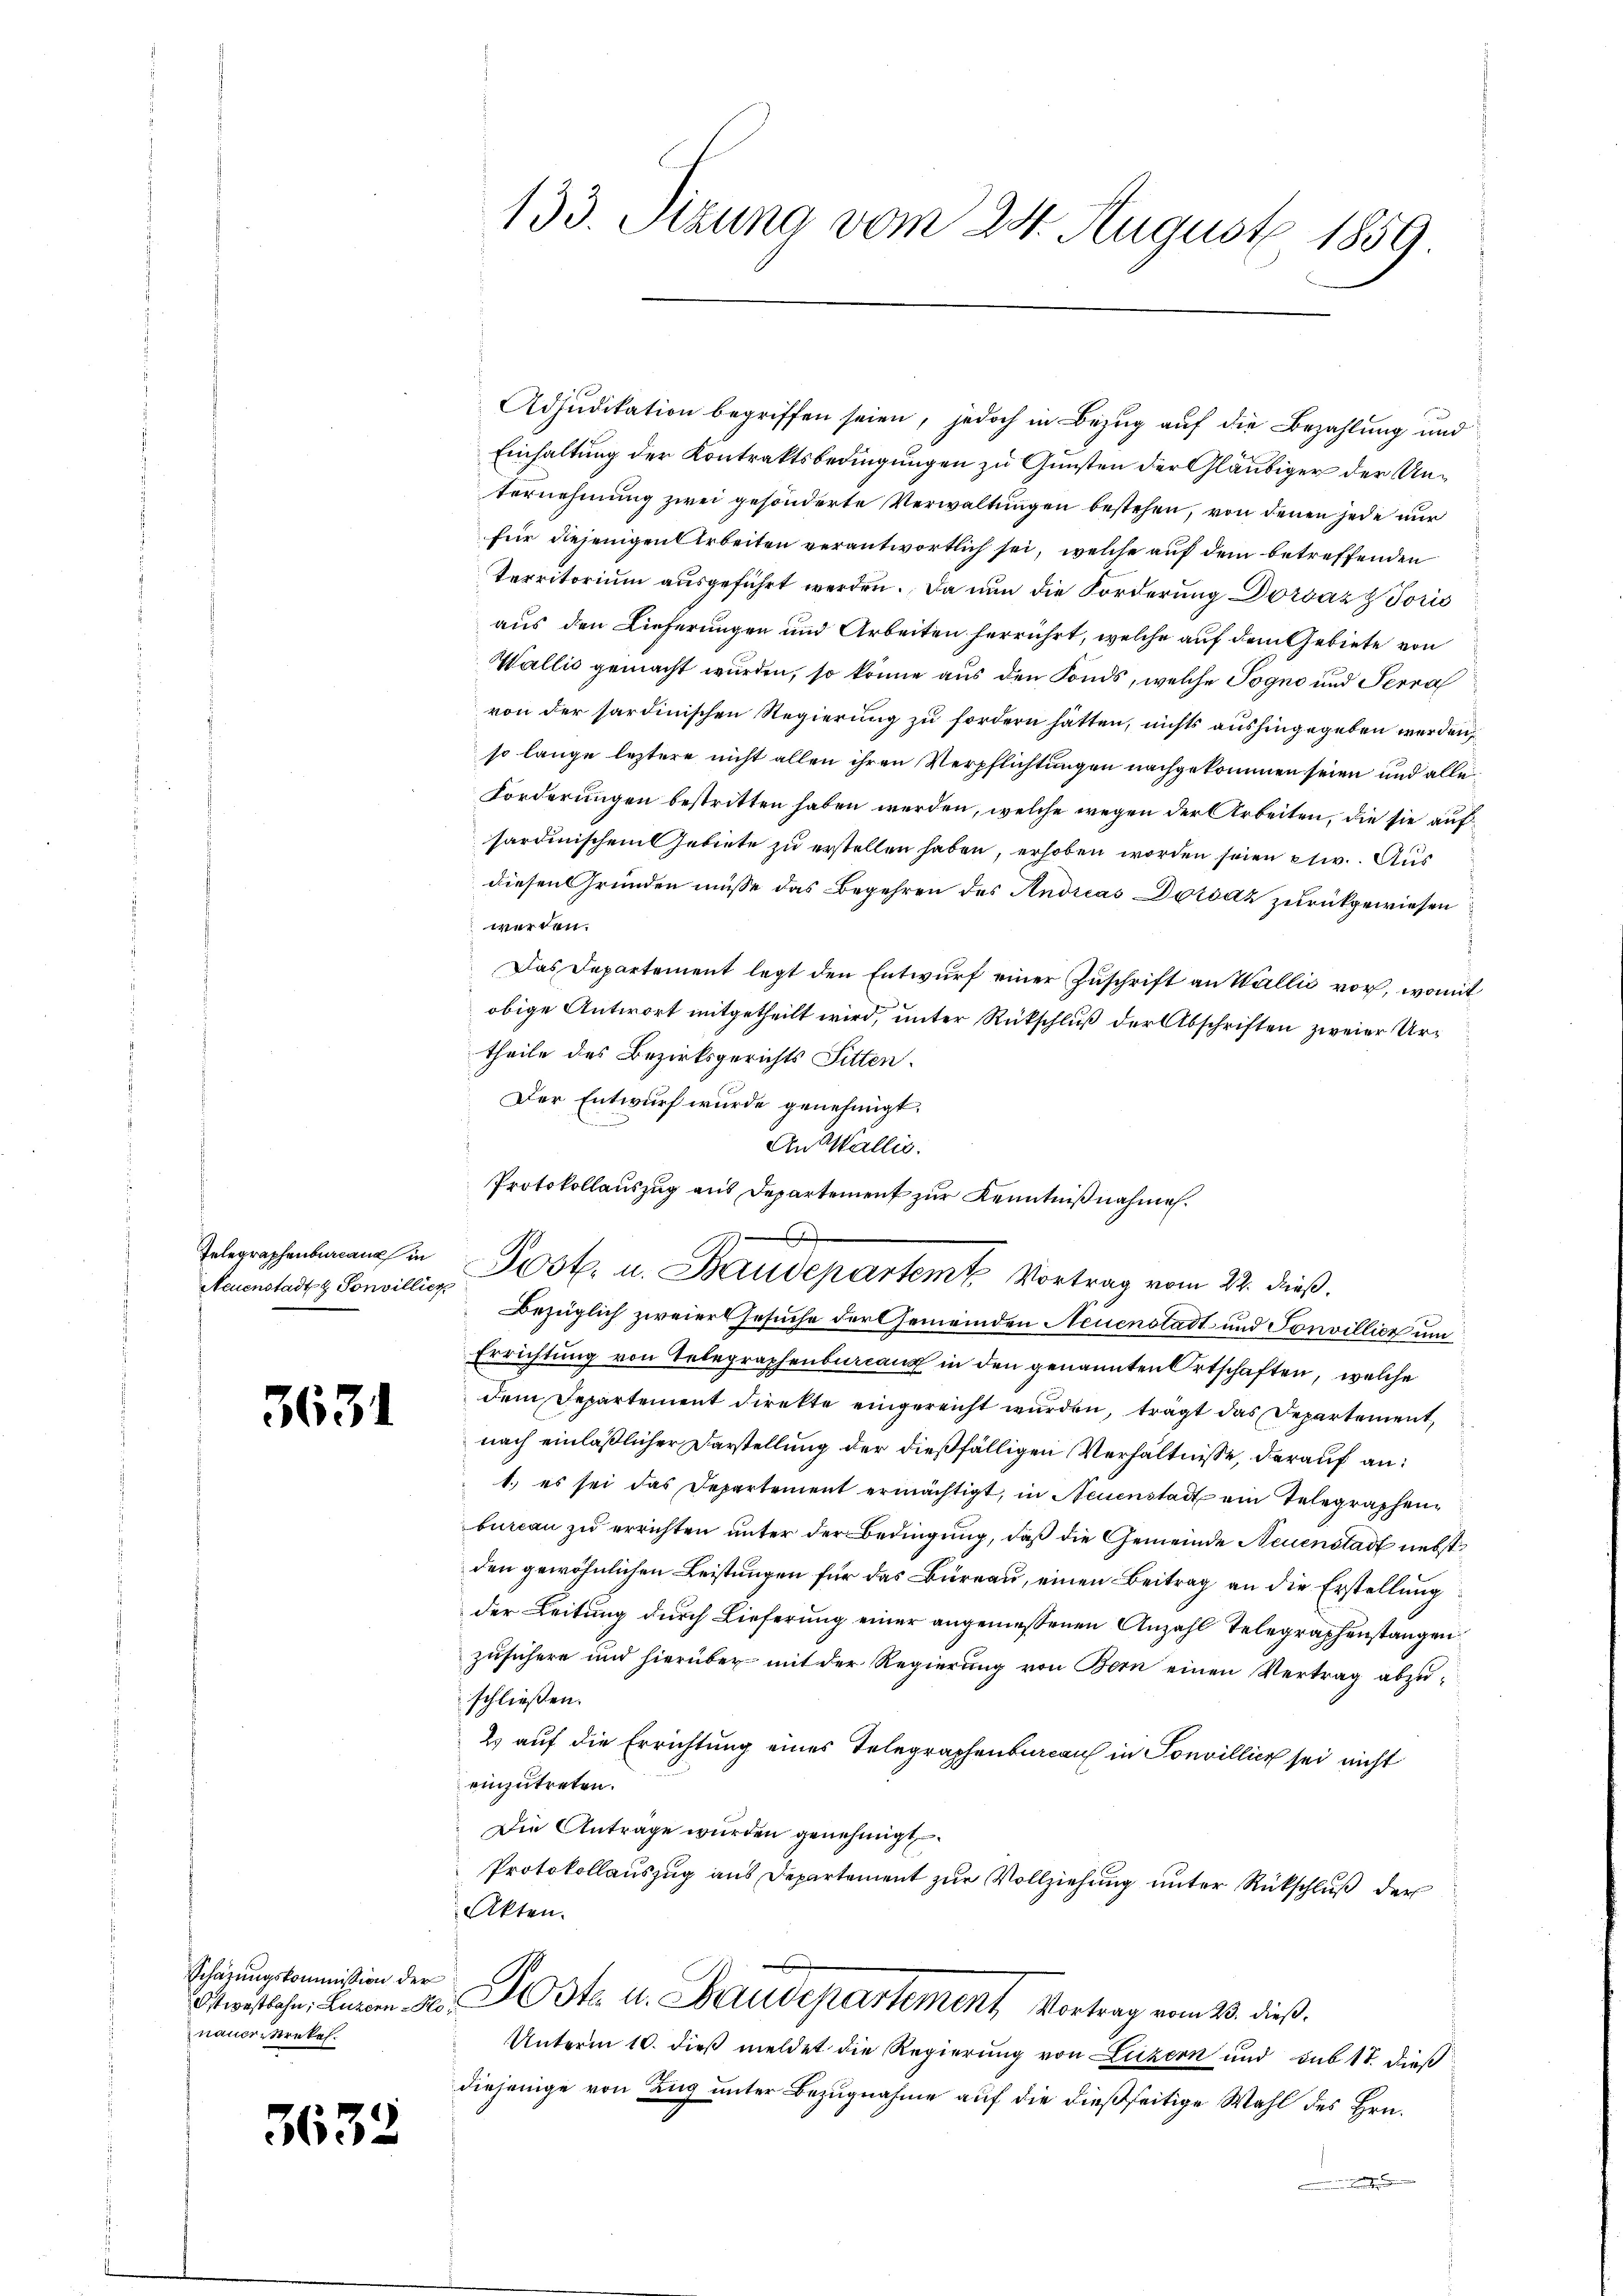
Telegraphenbureau in
Neuenstadt & Sonvillier

3631

Schazungskommission der
nauerstrekel.

3632

133. Setzung vom 24. August 1859.

Adjudikation begriffen seien, jedoch in Bezug auf die Bezahlung und
Einhaltung der Kontraktsbedingungen zu Gunsten der Gläubiger der Unternehmung zwei gesonderte Verwaltungen bestehen, von denen jede nur
für diejenigen Arbeiten verantwortlich sei, welche auf dem betreffenden
Territorium ausgeführt werden. Da nun die Forderung Dorsáz z Toris
aus den Lieferungen und Arbeiten herrührt, welche auf dem Gebiete von
Wallis gemacht wurden, so könne aus den Fonds, welche Pogno und Terra
von der sardinischen Regierung zu fordern hätten, nichts aushingegeben werden,
so lange leztere nicht allen ihren Verpflichtungen nachgekommen seien und alle¬
Forderungen bestritten haben werden, welche wegen der Arbeiten, die sie auf
sardinischem Gebiete zu erstellen haben, erhoben worden seien etwv.. Aus
diesen Gründen müsse das Begehren des Andreas Dorodz zurückgewiesen
werden.
Das Departement legt den Entwurf einer Zuschrift an Wallić vor, womit
obige Antwort mitgetheilt wird, unter Rückschluß der Abschriften zweier Urtheile des Bezirksgerichts Sitten.
Der Entwurf wurde genehmigt.
Bezüglich zweiers Gesuche der Gemeinden Neuenstadt und Sonvillier um
Errichtung von Telegraphenbureaux in den genannten Ortschaften, welche
dem Departement direkte eingereicht wurden, trägt das Departement,
nach einläßlicher Darstellung der dießfälligen Verhältnisse, darauf an:
1.) es sei das Departement ermächtigt, in Neuenstadt ein Telegraphenbureau zu errichten unter der Bedingung, daß die Gemeinde Neuenstadt nebst
den gewöhnlichen Leistungen für das Büreau, einen Beitrag an die Erstellung
der Leitung durch Lieferung einer angemessenen Anzahl Telegraphenstangen
zusichere und hierüber mit der Regierung von Bern einen Vertrag abzuschließen.
2 auf die Errichtung eines Telegraphenbureau in Sonvillier sei nicht
einzutreten.
Die Antrage wurden genehmigt.
Protokollauszug aus Departement zur Vollziehung unter Rückschluß der
Akten.
Otwestlohn, Luzern so. Aste u. Baudepartement Vortrag vom 23. dieß.
Unterm 10. dieß meldet die Regierung von Luzern und sub 17. dieß
diejenige von Zug unter Bezugnahme auf die dießseitige Wahl des Hrn.

An Wallis.
Protokollauszug aus Departement zur Kenntnißnahmen.

Post. u. Baudepartem Vortrag vom 22. dieß.